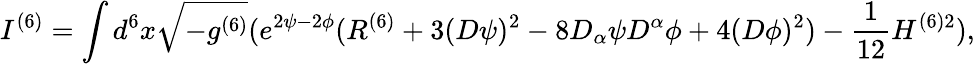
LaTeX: I^{(6)}=\int d^{6}x\sqrt{-g^{(6)}}(e^{2\psi-2\phi}(R^{(6)}+3(D\psi)^{2}-8D_{\alpha}\psi D^{\alpha}\phi+4(D\phi)^{2})-\frac{1}{12}H^{(6)2}),